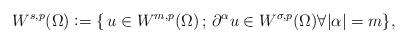
LaTeX: \begin{align*}W^{s,p}(\Omega)\vcentcolon =\{\,u\in W^{m,p}(\Omega)\,;\, \partial^{\alpha} u\in W^{\sigma,p}(\Omega)\forall |\alpha|=m \},\end{align*}